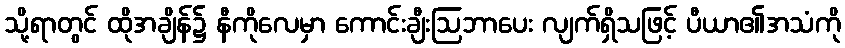
သို့ရာတွင် ထိုအချိန်၌ နီကိုလေမှာ ကောင်းချီးဩဘာပေး လျက်ရှိသဖြင့် ပီယာ၏အသံကို